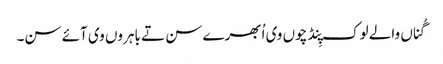
گُناں والے لوک پِنڈ چوں وی اُبھرے سن تے باہروں وی آئے سن۔